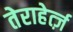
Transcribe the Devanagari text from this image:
तेराहेर्त्ज़